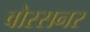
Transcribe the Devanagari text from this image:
वोस्सनर